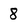
Character: 8